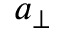
a _ { \perp }